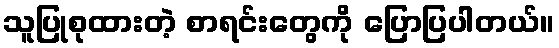
သူပြုစုထားတဲ့ စာရင်းတွေကို ပြောပြပါတယ်။